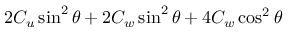
2 C _ { u } \sin ^ { 2 } { \theta } + 2 C _ { w } \sin ^ { 2 } { \theta } + 4 C _ { w } \cos ^ { 2 } { \theta }